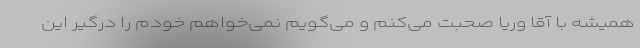
همیشه با آقا وریا صحبت می‌کنم و می‌گویم نمی‌خواهم خودم را درگیر این